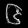
Digit: ၆